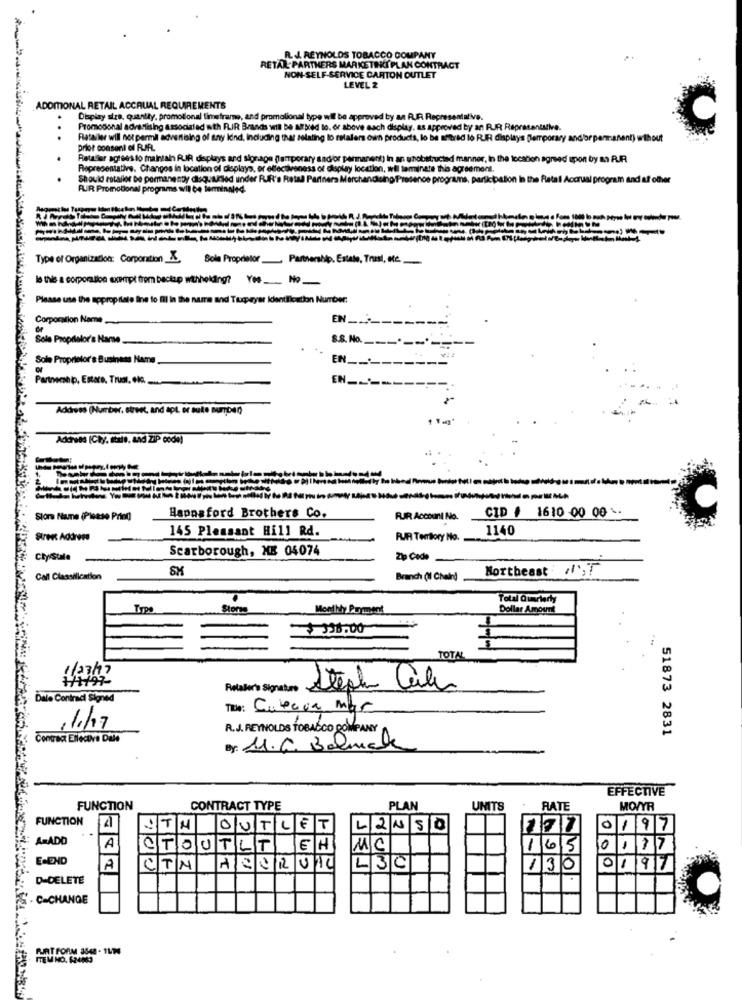
IL J. REYNOLDS TOBACCO COMPANY
RETAR PARTHERS MARKETING PLAN CONTRACT
NON-SELF-SERVICE CARTON OUTLET
LEVEL 2
ADDITIONAL RETAIL ACCRUAL REQUIREMENTS
Deplay size, quantity, promotional timeframe, and
AR.Re
Promotional adrestising associated with FIR Bran
lo. or above each display. as approved by an RJR Representative.
..
Retailer will not permil advertising of an
g ID falars own products, lo be mitrad lo RUIR displays flemporary
display
wy andorp
nent) without
Priot consent of RAFL
Retaller agrees to maintain RIR de
ad manner, In the location agreed upon by a RUIR
Representative. Changes in location
play locatk
o agreement.
ouid rotaller De permanenty dequared under R
R's Ret
nos programs, participation in the Retail Accrual program and af ofhver
FUIR Promotional programs wil be terminaled
Type of Organization: Corporation X, Bola Proprietor_ Partnership. Estale, Trasi, etc.
Is the a corporation exempt from beclap withholding? Yes No
Please use the appropriate line to Ill in the name and Taxpayer Identification Number:
Corporation Name ...
EN __
Sole Proprietor's Nare_
8.8. No.
Sole Proprietor's Business Name
EN __
Partnership, Estare, Trust. ok ....
EN_
Address (Number, street, and apt. or aute Burroe))
Address (Chy, Itall, and ZIP code)
-------
CID # 1610 00 00 .
Store Name (Please Print
Hannaford Brothers Co.
RJR Account No.
145 Pleasant Hill Rd.
1140
SITee Address
RUA Territory No.
Scarborough, NE 04074
Cly/Stale
Zip Code
SK
Northeast /1,7
Call Classification
Branch (Il Chaind
Total Quarterly
Storme
Monthly Payment
Dollar Amount
36.00
TOTA
Relaler's Signature
Steph Cale
Dale Contraci Signed
Title: Cubaca mar
1/17
R.J. REYNOLDS TOBACCO COMPANY
51873 2831
Contract Ellecova Dale
By: 1.6. Balmale
EFFECTIVE
FUNCTION
CONTRACT TYPE
PLAN
UNITS
RATE
MO/YR
FUNCTION
-
OUTLET
LINSD
0197
A=ADD
A
TIO
UTL
EHI
MC
165
0017
E-END
CTN
L 3 C
130
0197
D-DELETE
C-CHANGE
FURT FORM 3548 - 11/14
ITEM NO. 524MO